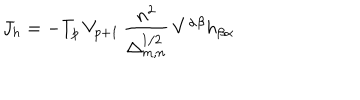
J _ { h } = - T _ { p } \, V _ { p + 1 } \, \frac { n ^ { 2 } } { \Delta _ { m , n } ^ { 1 / 2 } } \, V ^ { \alpha \beta } h _ { \beta \alpha }